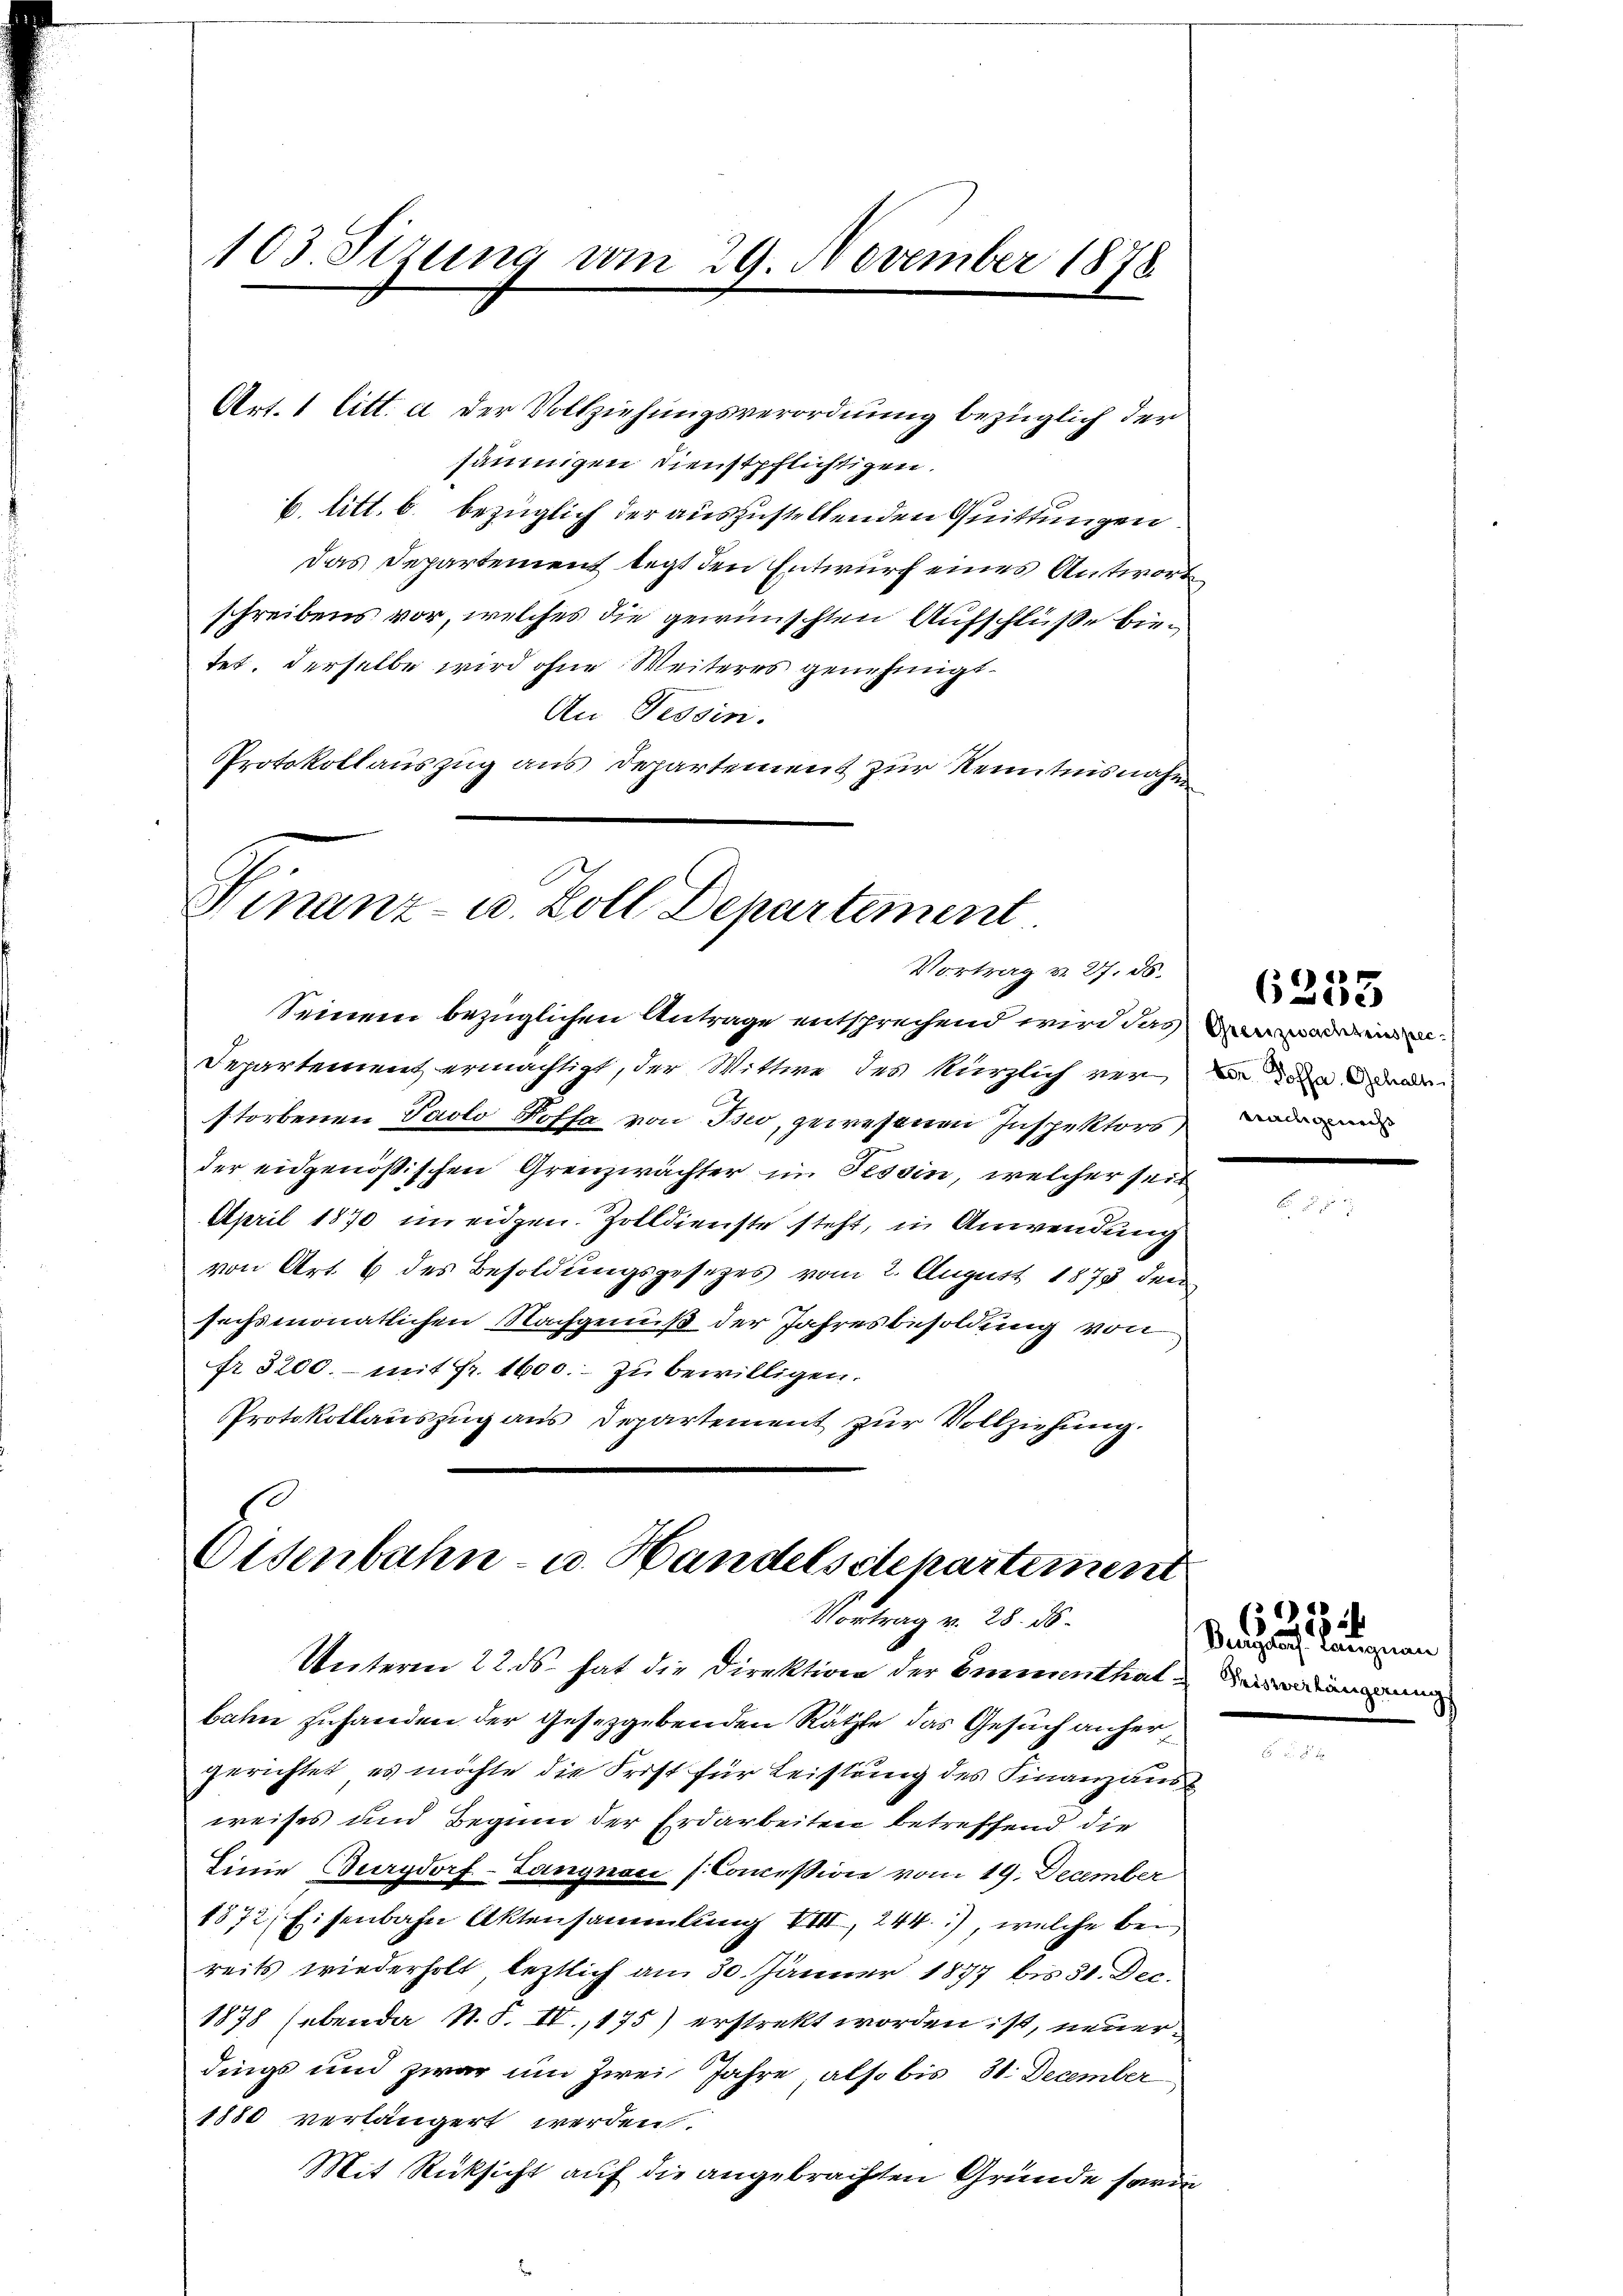
103. Sizung am 29. November 1878

Art. 1 litt. a der Vollziehungsverordnung bezüglich der
säumigen Dienstpflichtigen.
b. litt. b. bezüglich der auszustellenden Quittungen.
Das Departement legt den Entwurf eines Antwort
schreibens vor, welches die gewünschten Aufschlüße bien
tet. Derselbe wird ohne Weiteres genehmigt.
An Tessin.
Protokollauszug aus Departement zur Kenntnisnahm

Finanz- u. Zoll Departement
Vortrag v. 27. 86.

Seinem bezüglichen Antrage entsprechend wird das deinen
Departement ermächtigt, der Wittwe des kürzlich verer den a
storbenen Paolo Poffa von Iswo, gewesenen Inspektors und un
der eidgenößischen Grenzwachter im Tessin, welcher seit
April 1870 im eidgen. Zolldienste steht, in Anwendung
von Art. 6 des Besoldungsgesetzes vom 2. August 1873 den
sechsmonatlichen Nachgenuß der Jahresbesoldung von
fr. 3200. - mit Fr. 1600.- zu bewilligen.
Protokollauszug aus Departement zur Vollziehung.

Eisenbahn- u. Handelsdepartemen
Vortrag v. 28. 56.

Unterm 22. ds. hat die Direktion der Cementhat dienun
bahn zuhanden der Gesetzgebenden Rätzte das Gesuch anhergerichtet, es möchte die Frist für Leistung des Finanzaus
weises und Beginn der Erdarbeiten betreffend die
Linie Burgdorf-Langnaci (Commission vom 19. December
1872 Eisenbahn Aktensammlung VIII, 244. 1), welche bei
reits wiederholt, letztlich am 30. Jänner 1877 bis 31. Dec.
1878 (ebende N. F. IV., 175) erstrekt worden ist, neuerdings und zwar um Zwei Jahre, also bis 31. December
1880 verlängert werden.
Mit Rücksicht auf die angebrachten Gründe sarin

88
6Zie

Nach auf langenen